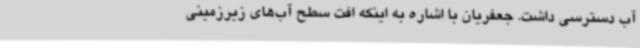
آب دسترسی داشت. جعفریان با اشاره به اینکه افت سطح آب‌های زیرزمینی